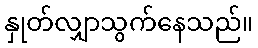
နှုတ်လျှာသွက်နေသည်။